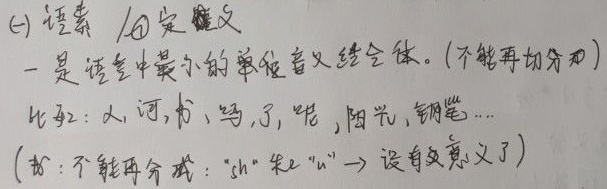
(一) 语素 / \textcircled{1}定义是语言中最小的音义结合体。(不能再切分)比如：人,河,书,马,了,吧, 阳光,钢笔…(书：不能再分成："sh" 和 "u" → 没有意义了)